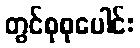
တွင်စုစုပေါင်း